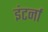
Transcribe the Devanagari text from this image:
इंटर्ना